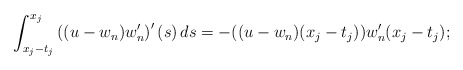
\begin{align*}\int_{x_j - t_j}^{x_j} \left((u-w_n) w_n'\right)'(s) \, ds = - ((u-w_n)(x_j - t_j)) w_n'(x_j - t_j);\end{align*}